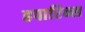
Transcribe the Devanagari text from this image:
हपारिन्स